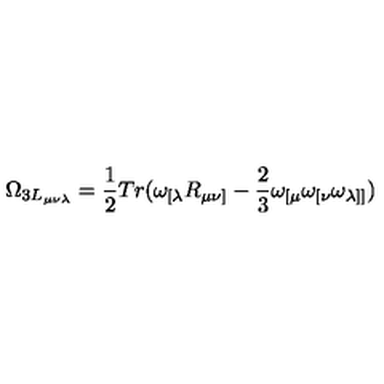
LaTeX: \Omega _ { 3 L _ { \mu \nu \lambda } } = \frac { 1 } { 2 } T r ( \omega _ { [ \lambda } R _ { \mu \nu ] } - \frac { 2 } { 3 } \omega _ { [ \mu } \omega _ { [ \nu } \omega _ { \lambda ] ] } )